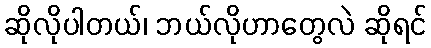
ဆိုလိုပါတယ်၊ ဘယ်လိုဟာတွေလဲ ဆိုရင်